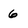
Character: 6